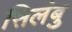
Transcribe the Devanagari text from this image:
सिलंबु